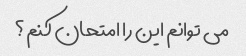
می توانم این را امتحان کنم؟